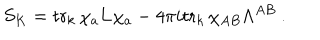
LaTeX: S _ { K } = \mathrm { t r } _ { k } \, \chi _ { a } { \bf L } \chi _ { a } - 4 \pi i \mathrm { t r } _ { k } \, \chi _ { A B } \Lambda ^ { A B } \ .